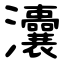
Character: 灢